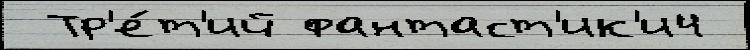
 Тр'е́т'ий фантаст'ик'и4